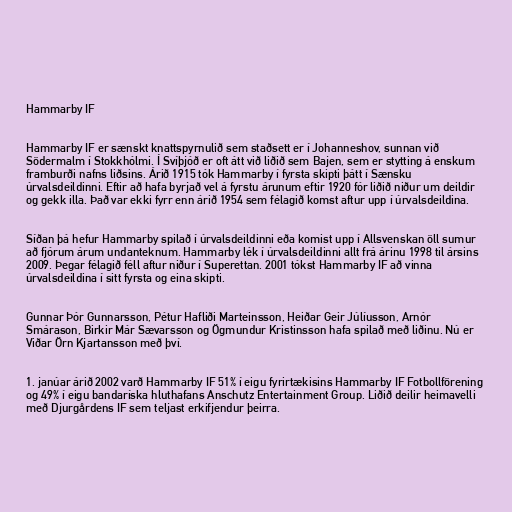
Hammarby IF

Hammarby IF er sænskt knattspyrnulið sem staðsett er í Johanneshov, sunnan við
Södermalm í Stokkhólmi. Í Svíþjóð er oft átt við liðið sem Bajen, sem er stytting á enskum
framburði nafns liðsins. Árið 1915 tók Hammarby í fyrsta skipti þátt í Sænsku
úrvalsdeildinni. Eftir að hafa byrjað vel á fyrstu árunum eftir 1920 fór liðið niður um deildir
og gekk illa. Það var ekki fyrr enn árið 1954 sem félagið komst aftur upp í úrvalsdeildina.

Síðan þá hefur Hammarby spilað í úrvalsdeildinni eða komist upp í Allsvenskan öll sumur
að fjórum árum undanteknum. Hammarby lék í úrvalsdeildinni allt frá árinu 1998 til ársins
2009. Þegar félagið féll aftur niður í Superettan. 2001 tókst Hammarby IF að vinna
úrvalsdeildina í sitt fyrsta og eina skipti.

Gunnar Þór Gunnarsson, Pétur Hafliði Marteinsson, Heiðar Geir Júlíusson, Arnór
Smárason, Birkir Már Sævarsson og Ögmundur Kristinsson hafa spilað með liðinu. Nú er
Viðar Örn Kjartansson með því.

1. janúar árið 2002 varð Hammarby IF 51% í eigu fyrirtækisins Hammarby IF Fotbollförening
og 49% í eigu bandaríska hluthafans Anschutz Entertainment Group. Liðið deilir heimavelli
með Djurgårdens IF sem teljast erkifjendur þeirra.